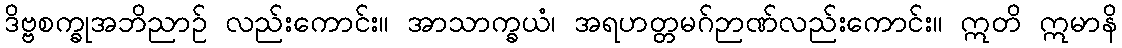
ဒိဗ္ဗစက္ခုအဘိညာဉ် လည်းကောင်း။ အာသာက္ခယံ၊ အရဟတ္တမဂ်ဉာဏ်လည်းကောင်း။ ဣတိ ဣမာနိ